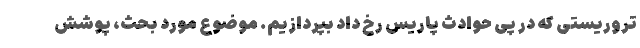
تروریستی که در پی حوادث پاریس رخ داد بپردازیم. موضوع مورد بحث، پوشش